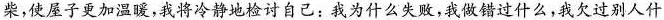
柴，使屋子更加温暖，我将冷静地检讨自己：我为什么失败，我做错过什么，我欠过别人什